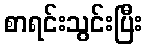
စာရင်းသွင်းပြီး